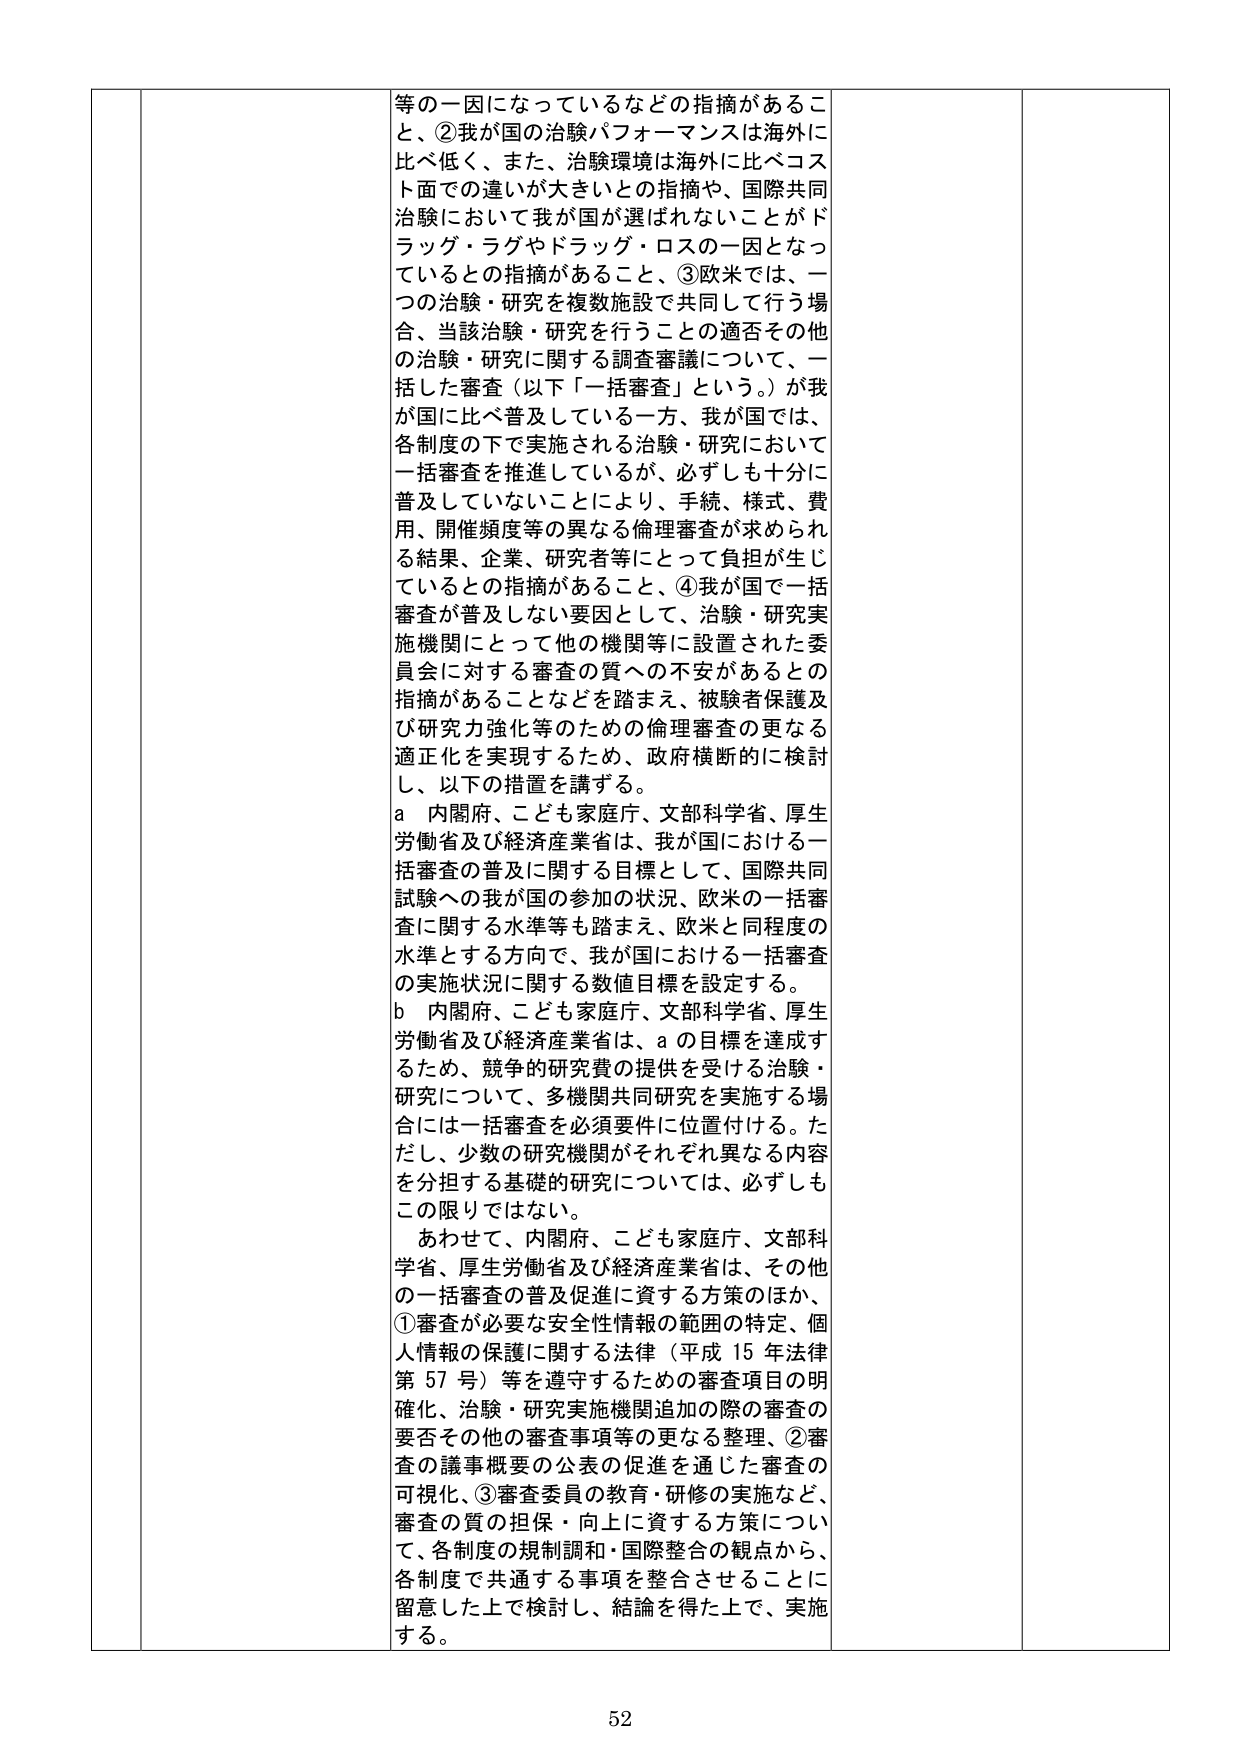
等の一因になっているなどの指摘があること、②我が国の治験パフォーマンスは海外に比べ低く、また、治験環境は海外に比べコスト面での違いが大きいとの指摘や、国際共同治験において我が国が選ばれないことがドラッグ・ラグやドラッグ・ロスの一因となっているとの指摘があること、③欧米では、一つの治験・研究を複数施設で共同して行う場合、当該治験・研究を行うことの適否その他の治験・研究に関する調査審議について、一括した審査（以下「一括審査」という。）が我が国に比べ普及している一方、我が国では、各制度の下で実施される治験・研究において一括審査を推進しているが、必ずしも十分に普及していないことにより、手続、様式、費用、開催頻度等の異なる倫理審査が求められる結果、企業、研究者等にとって負担が生じているとの指摘があること、④我が国で一括審査が普及しない要因として、治験・研究実施機関にとって他の機関等に設置された委員会に対する審査の質への不安があるとの指摘があることなどを踏まえ、被験者保護及び研究力強化等のための倫理審査の更なる適正化を実現するため、政府横断的に検討し、以下の措置を講ずる。

a 内閣府、こども家庭庁、文部科学省、厚生労働省及び経済産業省は、我が国における一括審査の普及に関する目標として、国際共同試験への我が国の参加の状況、欧米の一括審査に関する水準等も踏まえ、欧米と同程度の水準とする方向で、我が国における一括審査の実施状況に関する数値目標を設定する。

b 内閣府、こども家庭庁、文部科学省、厚生労働省及び経済産業省は、aの目標を達成するため、競争的研究費の提供を受ける治験・研究について、多機関共同研究を実施する場合には一括審査を必須要件に位置付ける。ただし、少数の研究機関がそれぞれ異なる内容を分担する基礎的研究については、必ずしもこの限りではない。

あわせて、内閣府、こども家庭庁、文部科学省、厚生労働省及び経済産業省は、その他の一括審査の普及促進に資する方策のほか、①審査が必要な安全性情報の範囲の特定、個人情報の保護に関する法律（平成15年法律第57号）等を遵守するための審査項目の明確化、治験・研究実施機関追加の際の審査の要否その他の審査事項等の更なる整理、②審査の議事概要の公表の促進を通じた審査の可視化、③審査委員の教育・研修の実施など、審査の質の担保・向上に資する方策について、各制度の規制調和・国際整合の観点から、各制度で共通する事項を整合させることに留意した上で検討し、結論を得た上で、実施する。

52